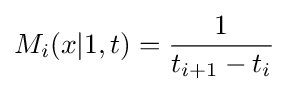
M_{i}(x|1,t)={\frac {1}{t_{i+1}-t_{i}}}